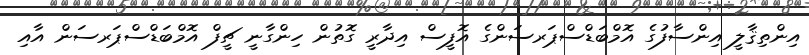
އިންތިޤާލީ އިންސާފުގެ އޮމްބަޑްސްޕަރސަންގެ އޮފީސް އިދާރީ ގޮތުން ހިންގާނީ ޗީފް އޮމްބަޑްސްޕަރސަން އާއި